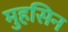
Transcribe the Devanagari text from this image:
मुहसिन